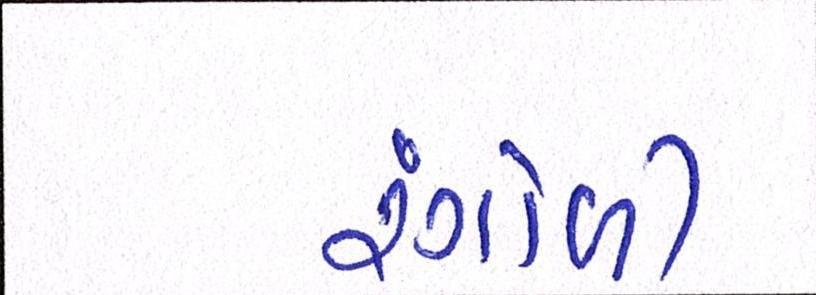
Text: રંગોળી